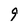
Character: 9